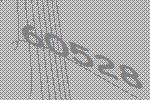
60528